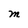
Character: M